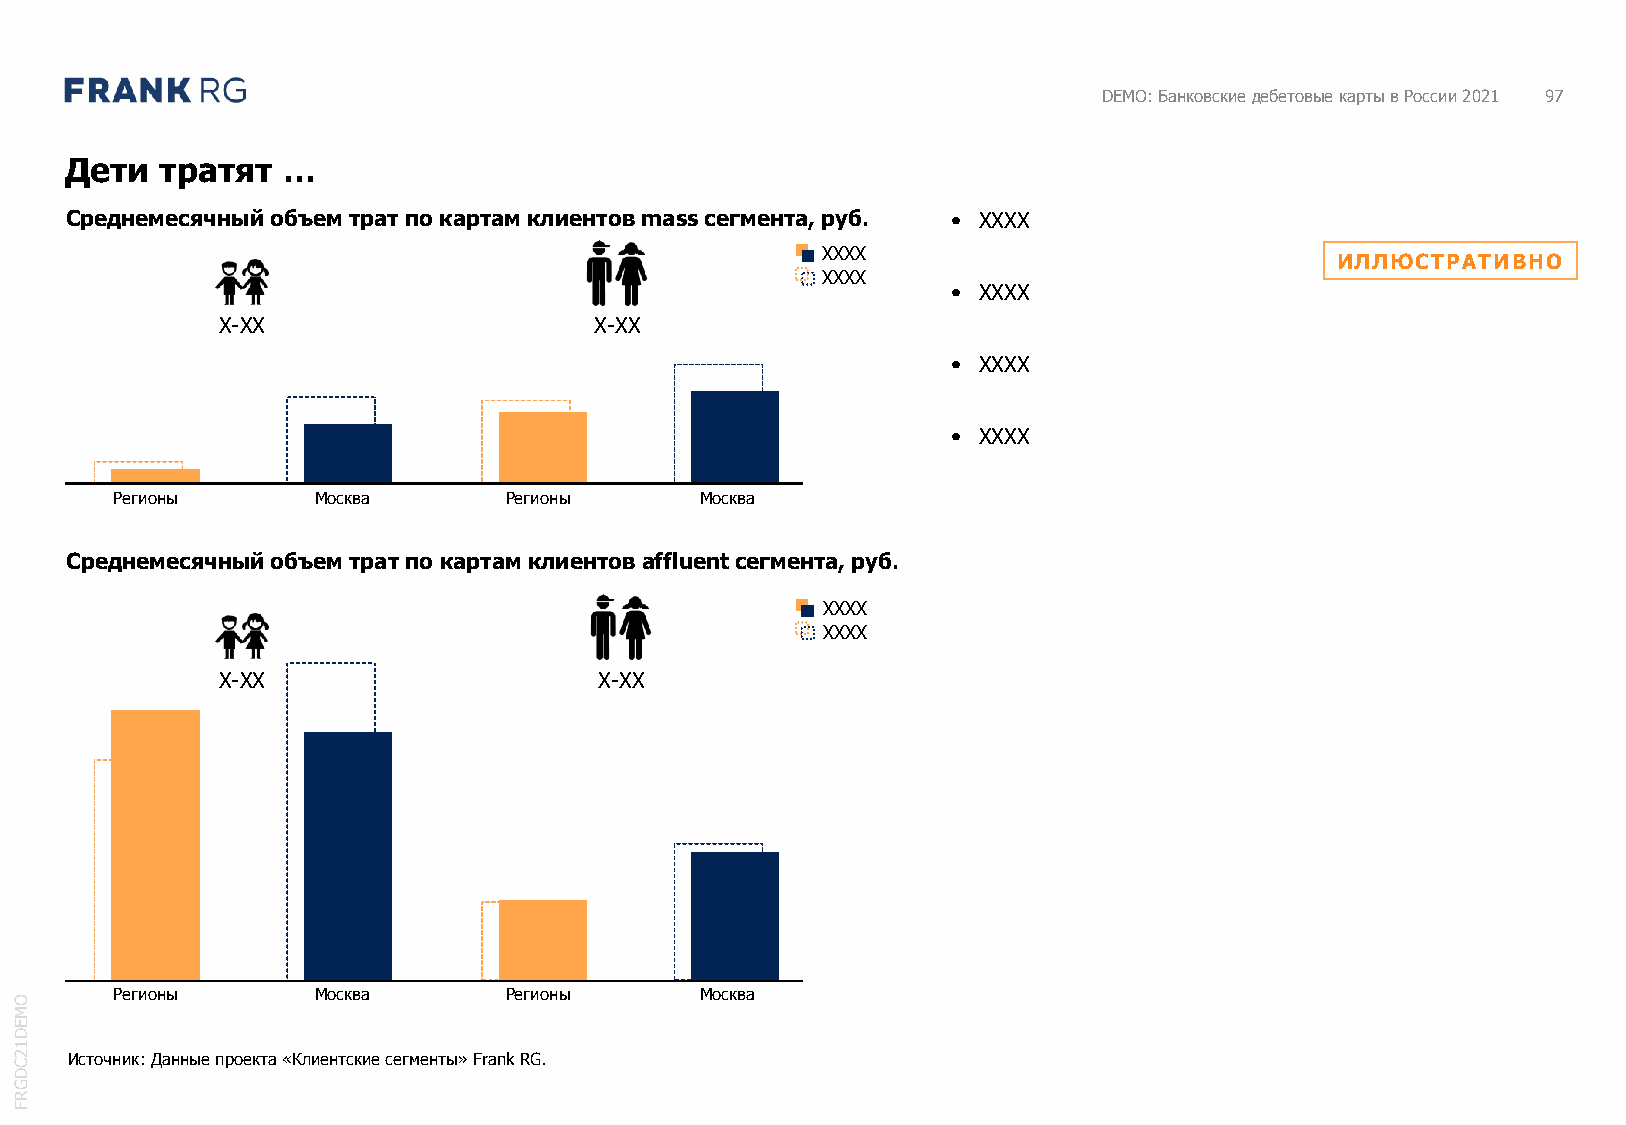
DEMO: Банковские дебетовые карты в России 2021 97
 Дети   тратят  …
 Среднемесячный объем трат по картам клиентов massсегмента, руб. • XXXX
 XXXX
 ИЛЛЮСТРАТИВНО
 XXXX
 • XXXX
 X-XX                     X-XX
 • XXXX
 • XXXX
 Регионы      Москва      Регионы      Москва
 Среднемесячный объем трат по картам клиентов affluentсегмента, руб.
 XXXX
 XXXX
 X-XX                      X-XX
 Регионы      Москва      Регионы      Москва
 O
 M
 E
 D
 1
 2 C Источник: Данные проекта «Клиентские сегменты» Frank RG.
 D
 G
 R
 F